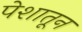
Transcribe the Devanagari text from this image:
पेशातून